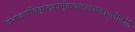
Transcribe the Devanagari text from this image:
येनाकर्णविकृष्टकार्मूकचलत्काण्डावलीकर्ति